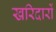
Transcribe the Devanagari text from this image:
खरिदारों